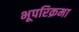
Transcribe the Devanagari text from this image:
भूपरिक्रमा